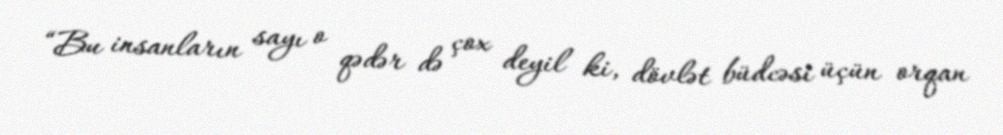
“Bu insanların sayı o qədər də çox deyil ki, dövlət büdcəsi üçün orqan